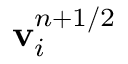
{ \bf { v } } _ { i } ^ { n + 1 / 2 }